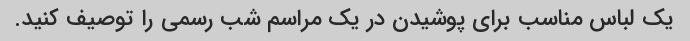
یک لباس مناسب برای پوشیدن در یک مراسم شب رسمی را توصیف کنید.